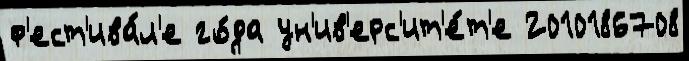
ф'ест'ива́л'е го́да ун'ив'ерс'ит'е́т'е 2010186708